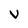
Character: V